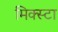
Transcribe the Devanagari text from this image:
मिक्स्टा